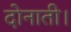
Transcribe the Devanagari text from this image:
दोनाती।